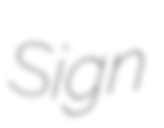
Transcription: Sign